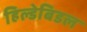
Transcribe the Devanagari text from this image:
हिल्डेबिडल